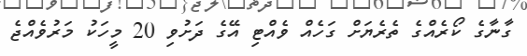
ގާނާގެ ކޯރެއްގެ ތެރެޔަށް ގަހެއް ވެއްޓި އޭގެ ދަށުވި 20 މީހަކު މަރުވެއްޖެ